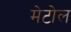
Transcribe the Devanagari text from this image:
मेटोल